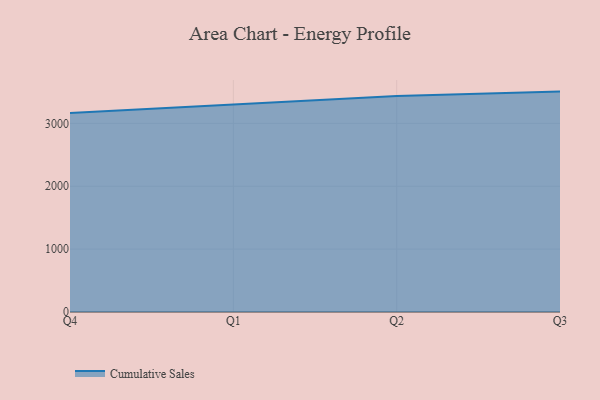
{"axis": {"x": "Quarter", "y": "Latency (ms)"}, "legend": ["Cumulative Sales"], "data": [{"x": "Q4", "y": 3164.4, "type": "Cumulative Sales"}, {"x": "Q1", "y": 3302.6, "type": "Cumulative Sales"}, {"x": "Q2", "y": 3433.9, "type": "Cumulative Sales"}, {"x": "Q3", "y": 3505.7, "type": "Cumulative Sales"}]}